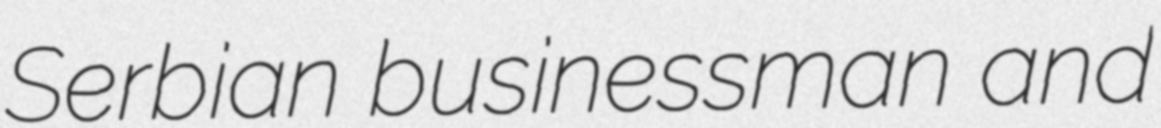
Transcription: Serbian businessman and